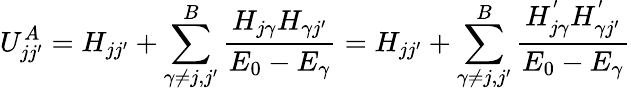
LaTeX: U_{jj^{\prime}}^{A}=H_{jj^{\prime}}+\sum_{\gamma\neq j,j^{\prime}}^{B}{\frac{H_{j\gamma}H_{\gamma j^{\prime}}}{E_{0}-E_{\gamma}}}=H_{jj^{\prime}}+\sum_{\gamma\neq j,j^{\prime}}^{B}{\frac{H_{j\gamma}^{'}H_{\gamma j^{\prime}}^{'}}{E_{0}-E_{\gamma}}}